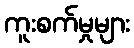
ကူးစက်မှုများ